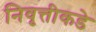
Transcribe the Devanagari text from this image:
निवृत्तीकडे